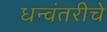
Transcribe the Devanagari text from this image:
धन्वंतरीचे